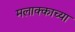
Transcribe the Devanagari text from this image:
मलाक्काच्या